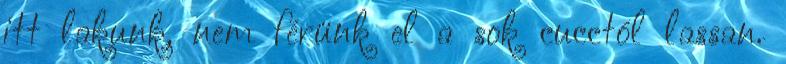
itt lakunk, nem férünk el a sok cucctól lassan.